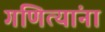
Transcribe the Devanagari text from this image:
गणित्यांना